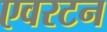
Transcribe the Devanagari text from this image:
एवरटन